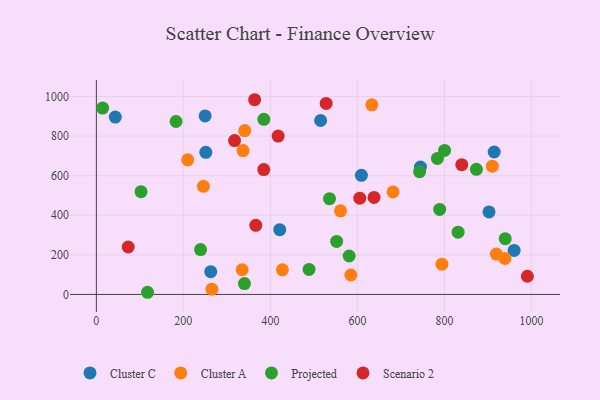
{"axis": {"x": "Price", "y": "Demand"}, "legend": ["Cluster A", "Cluster C", "Projected", "Scenario 2"], "data": [{"x": "251.6", "y": 718.0, "type": "Cluster C"}, {"x": "960.2", "y": 222.3, "type": "Cluster C"}, {"x": "250.0", "y": 902.0, "type": "Cluster C"}, {"x": "914.4", "y": 719.6, "type": "Cluster C"}, {"x": "902.5", "y": 417.1, "type": "Cluster C"}, {"x": "43.5", "y": 896.3, "type": "Cluster C"}, {"x": "744.9", "y": 643.7, "type": "Cluster C"}, {"x": "421.5", "y": 327.1, "type": "Cluster C"}, {"x": "262.9", "y": 115.0, "type": "Cluster C"}, {"x": "609.2", "y": 601.8, "type": "Cluster C"}, {"x": "515.4", "y": 878.7, "type": "Cluster C"}, {"x": "633.2", "y": 958.0, "type": "Cluster A"}, {"x": "585.0", "y": 98.2, "type": "Cluster A"}, {"x": "337.2", "y": 727.0, "type": "Cluster A"}, {"x": "682.0", "y": 517.8, "type": "Cluster A"}, {"x": "919.4", "y": 204.1, "type": "Cluster A"}, {"x": "335.1", "y": 124.7, "type": "Cluster A"}, {"x": "794.3", "y": 152.7, "type": "Cluster A"}, {"x": "561.2", "y": 422.6, "type": "Cluster A"}, {"x": "427.6", "y": 124.5, "type": "Cluster A"}, {"x": "341.1", "y": 828.1, "type": "Cluster A"}, {"x": "210.0", "y": 680.1, "type": "Cluster A"}, {"x": "246.1", "y": 546.1, "type": "Cluster A"}, {"x": "265.6", "y": 26.8, "type": "Cluster A"}, {"x": "939.1", "y": 182.0, "type": "Cluster A"}, {"x": "910.1", "y": 647.9, "type": "Cluster A"}, {"x": "552.3", "y": 267.7, "type": "Projected"}, {"x": "183.1", "y": 873.8, "type": "Projected"}, {"x": "488.9", "y": 126.2, "type": "Projected"}, {"x": "102.7", "y": 519.0, "type": "Projected"}, {"x": "117.6", "y": 11.0, "type": "Projected"}, {"x": "873.5", "y": 632.2, "type": "Projected"}, {"x": "340.4", "y": 54.7, "type": "Projected"}, {"x": "789.1", "y": 429.6, "type": "Projected"}, {"x": "939.8", "y": 281.8, "type": "Projected"}, {"x": "239.5", "y": 226.5, "type": "Projected"}, {"x": "581.1", "y": 194.3, "type": "Projected"}, {"x": "800.4", "y": 727.5, "type": "Projected"}, {"x": "831.4", "y": 314.8, "type": "Projected"}, {"x": "535.9", "y": 483.8, "type": "Projected"}, {"x": "385.0", "y": 884.6, "type": "Projected"}, {"x": "14.4", "y": 941.7, "type": "Projected"}, {"x": "743.0", "y": 620.1, "type": "Projected"}, {"x": "783.9", "y": 687.3, "type": "Projected"}, {"x": "366.4", "y": 349.1, "type": "Scenario 2"}, {"x": "417.8", "y": 800.1, "type": "Scenario 2"}, {"x": "605.5", "y": 486.6, "type": "Scenario 2"}, {"x": "384.8", "y": 631.0, "type": "Scenario 2"}, {"x": "73.2", "y": 239.8, "type": "Scenario 2"}, {"x": "839.9", "y": 655.6, "type": "Scenario 2"}, {"x": "990.7", "y": 92.0, "type": "Scenario 2"}, {"x": "363.8", "y": 983.7, "type": "Scenario 2"}, {"x": "638.2", "y": 490.3, "type": "Scenario 2"}, {"x": "317.6", "y": 777.1, "type": "Scenario 2"}, {"x": "528.2", "y": 965.1, "type": "Scenario 2"}]}